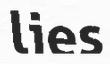
lies